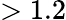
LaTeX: >1.2